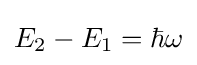
E_{2}-E_{1}=\hbar \omega